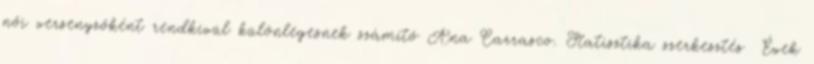
női versenyzőként rendkívül különlegesnek számító Ana Carrasco. Statisztika szerkesztés Évek